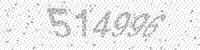
Solution: 514996